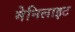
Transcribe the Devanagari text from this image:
मेनिलाइट